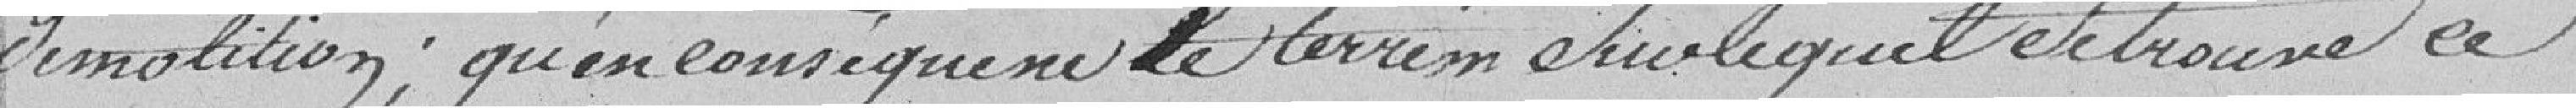
démolition, qu'en conséquence le terrain sur lequel se trouve ce